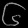
Digit: ၆